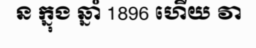
ន ក្នុង ឆ្នាំ 1896 ហើយ វា